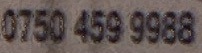
0750 459 9988